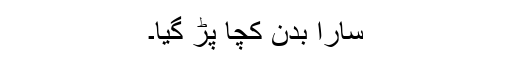
سارا بدن کچا پڑ گیا۔